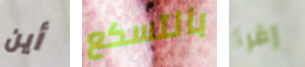
أين بالتسكع إقرأ